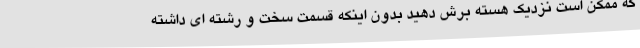
که ممکن است نزدیک هسته برش دهید بدون اینکه قسمت سخت و رشته ای داشته